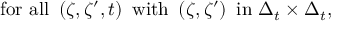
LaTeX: \mathrm { f o r \ a l l \ } \left( \zeta , \zeta ^ { \prime } , t \right) \mathrm { \ w i t h \ } \left( \zeta , \zeta ^ { \prime } \right) \mathrm { \ i n \ } \Delta _ { t } \times \Delta _ { t } ,